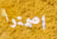
اصمتوا